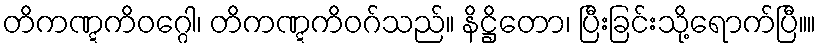
တိကဏ္ဋကိဝဂ္ဂေါ၊ တိကဏ္ဋကိဝဂ်သည်။ နိဋ္ဌိတော၊ ပြီးခြင်းသို့ရောက်ပြီ။။